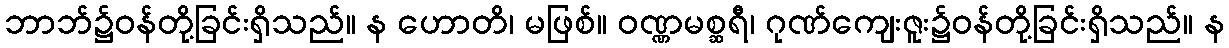
ဘာဘ်၌ဝန်တို့ခြင်းရှိသည်။ န ဟောတိ၊ မဖြစ်။ ဝဏ္ဏမစ္ဆရီ၊ ဂုဏ်ကျေးဇူး၌ဝန်တို့ခြင်းရှိသည်။ န